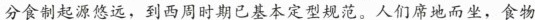
分食制起源悠远，到西周时期已基本定型规范。人们席地而坐，食物